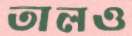
তালও